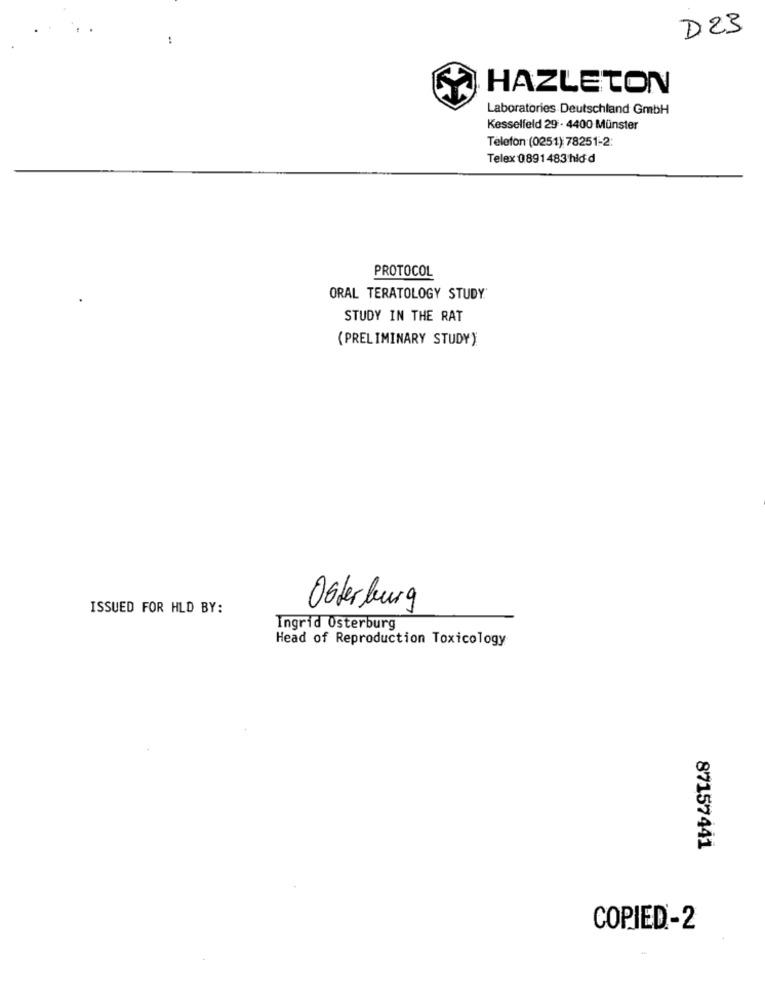
D23
..
HAZLETON
Laboratories Deutschland GmbH
Kesselfeld 29 - 4400 Münster
Telefon (0251) 78251-2:
Telex 0891483 hid d
PROTOCOL
ORAL TERATOLOGY STUDY
STUDY IN THE RAT
(PRELIMINARY STUDY):
ISSUED FOR HLD BY:
Obterburg
Ingrid Osterburg
Head of Reproduction Toxicology
87157441
COPIED-2